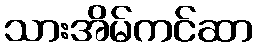
သားအိမ်ကင်ဆာ